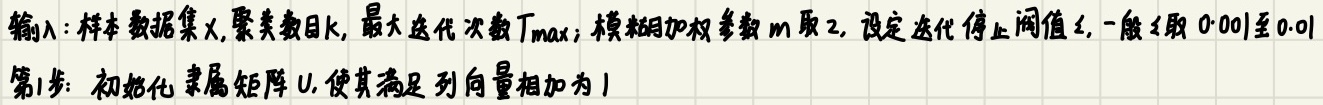
输入：样本数据集$X$, 聚类数目$k$, 最大迭代次数$T_{max}$; 模糊加权参数$m$取2, 设定迭代停止阈值$\epsilon$, 一般$\epsilon$取0.001至0.01
第1步：初始化隶属矩阵$U$, 使其满足列向量相加为1